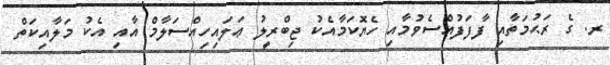
ރ. ގެ ރަޙުމަތާއި ފާފަފުއްސެވުމާއި ހެޔޮކަމާއެކު ޖިބްރީލު ޢަލައިހިއްސަލާމް އާއި އެކު މަލާއިކަތް